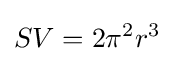
SV=2\pi ^{2}r^{3}